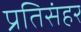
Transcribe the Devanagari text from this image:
प्रतिसंहर